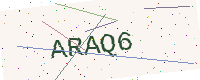
Text: ARAQ6